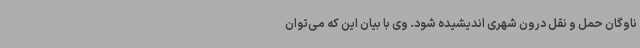
ناوگان حمل و نقل درون شهری اندیشیده شود. وی با بیان این که می‌توان